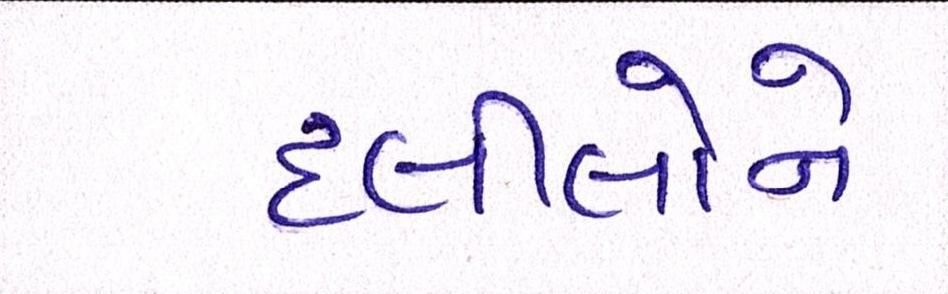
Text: દલીલોને